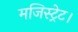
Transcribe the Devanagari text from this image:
मजिस्ट्रेट।